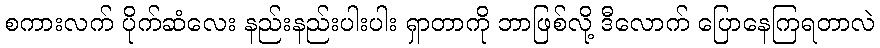
စကားလက် ပိုက်ဆံလေး နည်းနည်းပါးပါး ရှာတာကို ဘာဖြစ်လို့ ဒီလောက် ပြောနေကြရတာလဲ